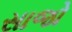
સાજો